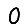
Digit: 0